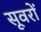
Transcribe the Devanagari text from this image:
सूवरों